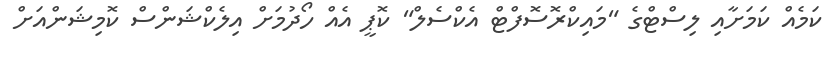
ކަމެއް ކަމަށާއި ލިސްޓްގެ "މައިކްރޮސޮފްޓް އެކްސެލް" ކޮޕީ އެއް ހޯދުމަށް އިލެކްޝަންސް ކޮމިޝަންއަށް